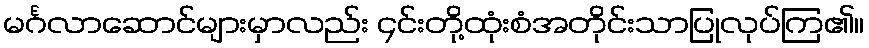
မင်္ဂလာဆောင်များမှာလည်း ၄င်းတို့ထုံးစံအတိုင်းသာပြုလုပ်ကြ၏။